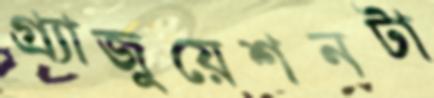
গ্র্যাজুয়েশনটা